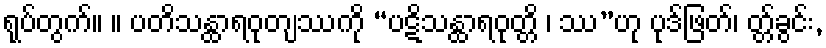
ရုပ်တွက်။ ။ ပတိသန္ထာရဝုတျဿကို “ပဋိသန္ထာရဝုတ္တိ ၊ ဿ”ဟု ပုဒ်ဖြတ်၊ တ္တ်ခွင်း,